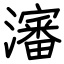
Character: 瀋